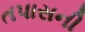
તપાસની